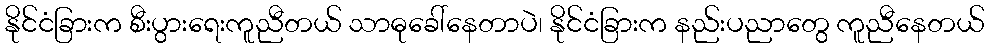
နိုင်ငံခြားက စီးပွားရေးကူညီတယ် သာဓုခေါ်နေတာပဲ၊ နိုင်ငံခြားက နည်းပညာတွေ ကူညီနေတယ်